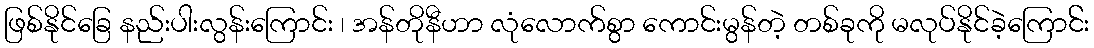
ဖြစ်နိုင်ခြေ နည်းပါးလွန်းကြောင်း ၊ အန်တိုနီဟာ လုံလောက်စွာ ကောင်းမွန်တဲ့ တစ်ခုကို မလုပ်နိုင်ခဲ့ကြောင််း